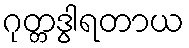
ဂုတ္တဒွါရတာယ